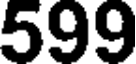
599